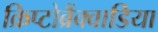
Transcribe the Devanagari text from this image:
क्रिप्टोब्रैंक्वाडिया